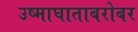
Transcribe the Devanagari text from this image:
उष्माघाताबरोबर